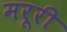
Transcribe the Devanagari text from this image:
मरूरी